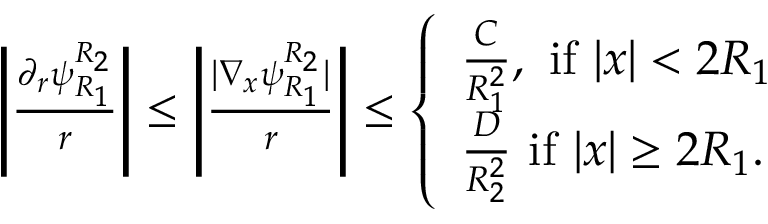
\begin{array} { r } { \left| \frac { \partial _ { r } \psi _ { R _ { 1 } } ^ { R _ { 2 } } } { r } \right| \leq \left| \frac { | \nabla _ { x } \psi _ { R _ { 1 } } ^ { R _ { 2 } } | } { r } \right| \leq \left\{ \begin{array} { l l } { \frac { C } { R _ { 1 } ^ { 2 } } , \mathrm { ~ i f ~ } | x | < 2 R _ { 1 } } \\ { \frac { D } { R _ { 2 } ^ { 2 } } \mathrm { ~ i f ~ } | x | \geq 2 R _ { 1 } . } \end{array} \right. } \end{array}